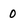
Character: 0